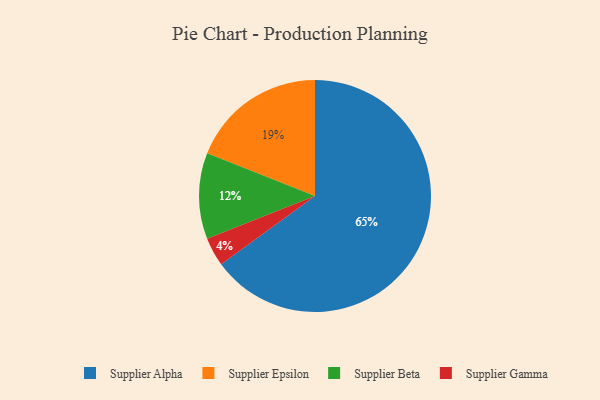
{"axis": {"x": "Category", "y": "Percentage"}, "legend": ["Supplier Alpha", "Supplier Beta", "Supplier Epsilon", "Supplier Gamma"], "data": [{"x": "Supplier Epsilon", "y": 19, "type": "Supplier Epsilon"}, {"x": "Supplier Alpha", "y": 65, "type": "Supplier Alpha"}, {"x": "Supplier Gamma", "y": 4, "type": "Supplier Gamma"}, {"x": "Supplier Beta", "y": 12, "type": "Supplier Beta"}]}